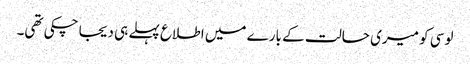
لوسی کو میری حالت کے بارے میں اطلاع پہلے ہی دیجا چکی تھی۔